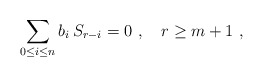
\begin{align*}\sum_{0\le i \le n} b_i \, S_{r-i} = 0 \ , \ \ \ r\ge m+1 \ ,\end{align*}